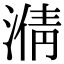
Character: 𣹥